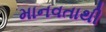
માનવતાથી